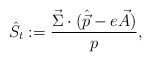
\begin{align*}\hat S_t : = {\vec{\Sigma}\cdot(\hat{\vec{p}}-e\vec{A})\over p},\end{align*}